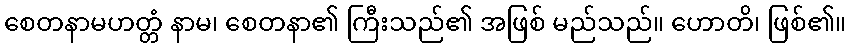
စေတနာမဟတ္တံ နာမ၊ စေတနာ၏ ကြီးသည်၏ အဖြစ် မည်သည်။ ဟောတိ၊ ဖြစ်၏။